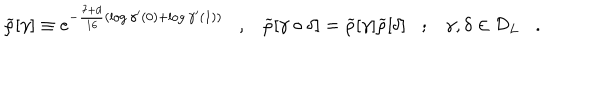
\widetilde { \rho } [ \gamma ] \equiv \mathrm { e } ^ { - { \frac { 7 + d } { 1 6 } } ( \log \gamma ^ { \prime } ( 0 ) + \log \gamma ^ { \prime } ( 1 ) ) } , \widetilde { \rho } [ \gamma \circ \delta ] = \widetilde { \rho } [ \gamma ] \widetilde { \rho } [ \delta ] ; \gamma , \delta \in { \cal D } _ { L } .